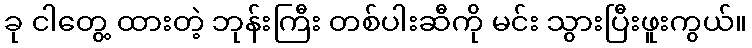
ခု ငါတွေ့ ထားတဲ့ ဘုန်းကြီး တစ်ပါးဆီကို မင်း သွားပြီးဖူးကွယ်။